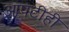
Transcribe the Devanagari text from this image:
आपटीही